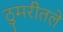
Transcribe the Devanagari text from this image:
ठुमरीतले